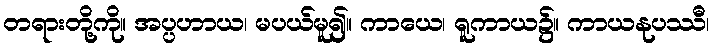
တရားတို့ကို။ အပ္ပဟာယ၊ မပယ်မူ၍။ ကာယေ၊ ရူကာယ၌။ ကာယနုပဿီ၊